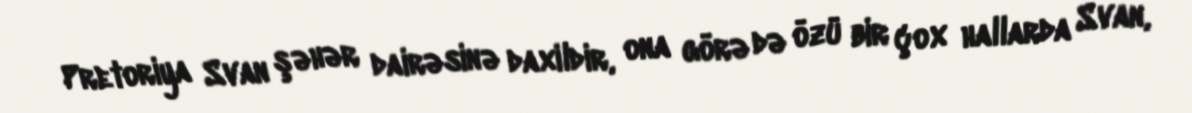
Pretoriya Svan şəhər dairəsinə daxildir, ona görə də özü bir çox hallarda Svan,